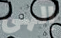
إلهي